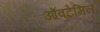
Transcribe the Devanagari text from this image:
ऑवटेमिन